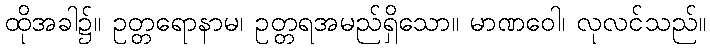
ထိုအခါ၌။ ဥတ္တရောနာမ၊ ဥတ္တရအမည်ရှိသော။ မာဏဝေါ၊ လုလင်သည်။